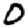
Digit: 0